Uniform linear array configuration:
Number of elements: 16
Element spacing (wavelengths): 0.5
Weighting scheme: kaiser
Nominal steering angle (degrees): -30
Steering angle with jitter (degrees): -31.521
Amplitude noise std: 0.05
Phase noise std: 0.05

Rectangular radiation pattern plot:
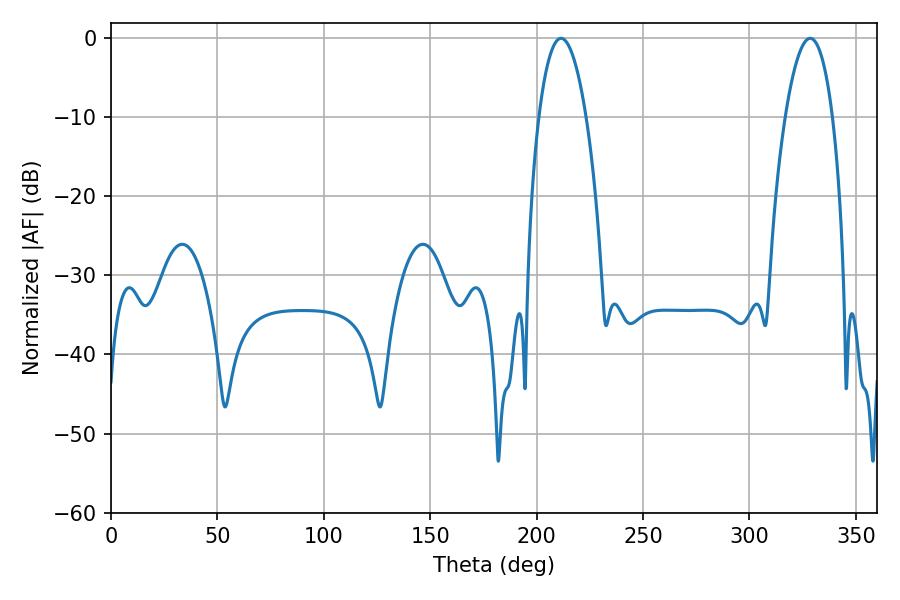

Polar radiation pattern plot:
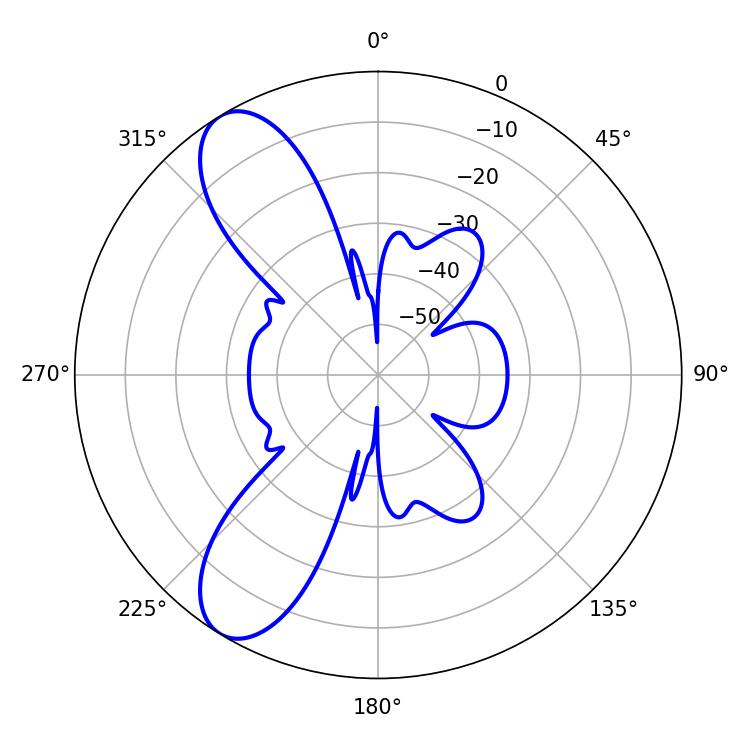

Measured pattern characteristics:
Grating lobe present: FALSE
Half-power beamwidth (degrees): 12.24
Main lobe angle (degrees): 328.5